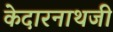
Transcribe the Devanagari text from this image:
केदारनाथजी